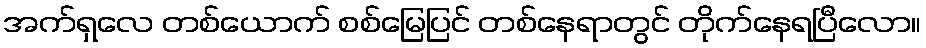
အက်ရှလေ တစ်ယောက် စစ်မြေပြင် တစ်နေရာတွင် တိုက်နေရပြီလော။